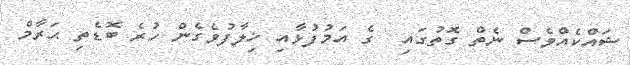
ޝައްކެއްވެސް ނެތް ގޮތުގައި  ގެ އަމުފުޅާއި ޚިލާފުވެގެން ހުރެ ބޮޑެތި ޙަރާމް